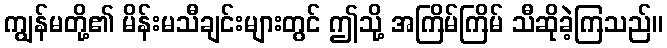
ကျွန်မတို့၏ မိန်းမသီချင်းများတွင် ဤသို့ အကြိမ်ကြိမ် သီဆိုခဲ့ကြသည်။